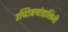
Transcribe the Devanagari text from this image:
उच्छिष्टचांडालिनी